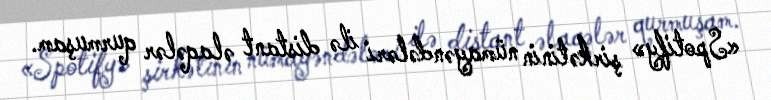
«Spotify» şirkətinin nümayəndələri ilə distant əlaqələr qurmuşam.